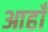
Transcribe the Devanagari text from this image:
आहाँ